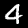
Digit: 4